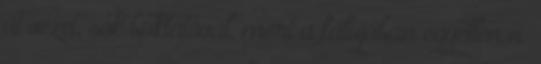
út vezet, sok buktatóval, mert a falujában egyetlen nı